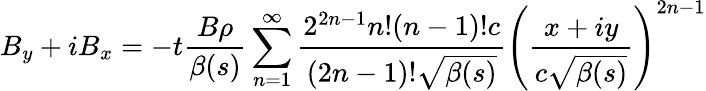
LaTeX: B_{y}+iB_{x}=-t\frac{B\rho}{\beta(s)}\sum_{n=1}^{\infty}\frac{2^{2n-1}n!(n-1)!c}{(2n-1)!\sqrt{\beta(s)}}\left(\frac{x+iy}{c\sqrt{\beta(s)}}\right)^{2n-1}